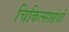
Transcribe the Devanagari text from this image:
चिकित्साग्रंथों